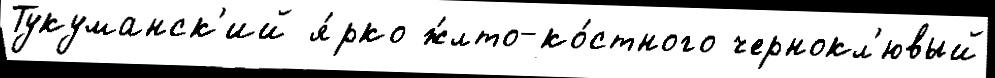
Тукуманск'ий я́рко ж́лто-ко́стного чернокл'ювый